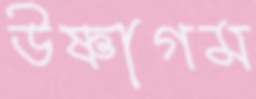
উষ্ণাগম